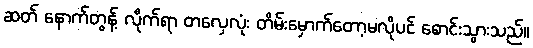
ဆတ် နောက်တွန့် လိုက်ရာ တလှေလုံး တိမ်းမှောက်တော့မလိုပင် စောင်းသွားသည်။